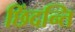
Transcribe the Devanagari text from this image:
छिंदन्ति